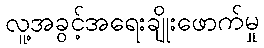
လူ့အခွင့်အရေးချိုးဖောက်မှု